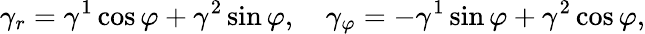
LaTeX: \gamma_{r}=\gamma^{1}\cos\varphi+\gamma^{2}\sin\varphi,\quad\gamma_{\varphi}=-\gamma^{1}\sin\varphi+\gamma^{2}\cos\varphi,